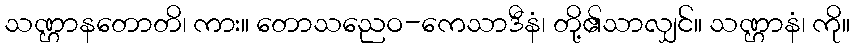
သဏ္ဌာနတောတိ၊ ကား။ တောသညေဝ-ကေသာဒီနံ၊ တို့၏သာလျှင်။ သဏ္ဌာနံ၊ ကို။